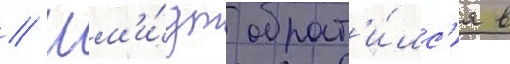
// Шм'и́дт обрат'и́лс'я в